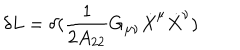
\delta L = \delta ( \frac { 1 } { 2 A _ { 2 2 } } G _ { \mu \nu } \dot { X } ^ { \mu } \dot { X } ^ { \nu } )